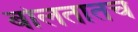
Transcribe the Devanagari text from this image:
बोलतातच